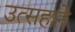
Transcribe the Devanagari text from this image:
उत्सहाने